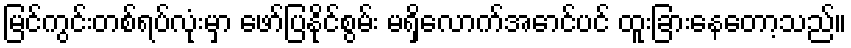
မြင်ကွင်းတစ်ရပ်လုံးမှာ ဖော်ပြနိုင်စွမ်း မရှိလောက်အောင်ပင် ထူးခြားနေတော့သည်။